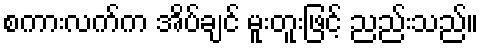
စကားလက်က အိပ်ချင် မူးတူးဖြင့် ညည်းသည်။